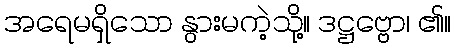
အရေမရှိသော နွားမကဲ့သို့။ ဒဋ္ဌဗ္ဗော၊ ၏။